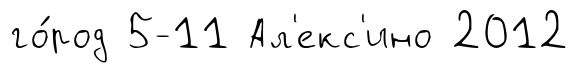
го́род 5-11 Ал'екс'ино 2012